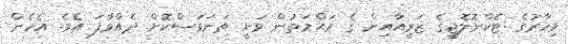
މިހާރުގެ ޓެކްނޮލޮޖީގެ ޒަރީއާއިން ގެ ރަޙްމަތުން ވަނީ ތަނަވަސްކޮށް ދެއްވާފަ އެވެ. އެހެން